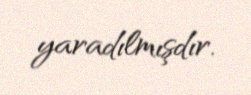
yaradılmışdır.